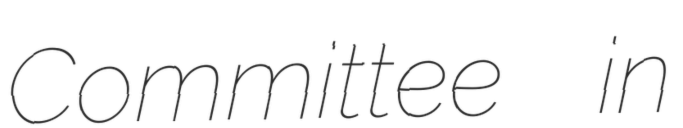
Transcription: Committee  in